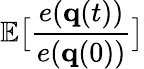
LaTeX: \mathbb{E}\big[\frac{e({\mathbf q}(t))}{e({\mathbf q}(0))}\big]